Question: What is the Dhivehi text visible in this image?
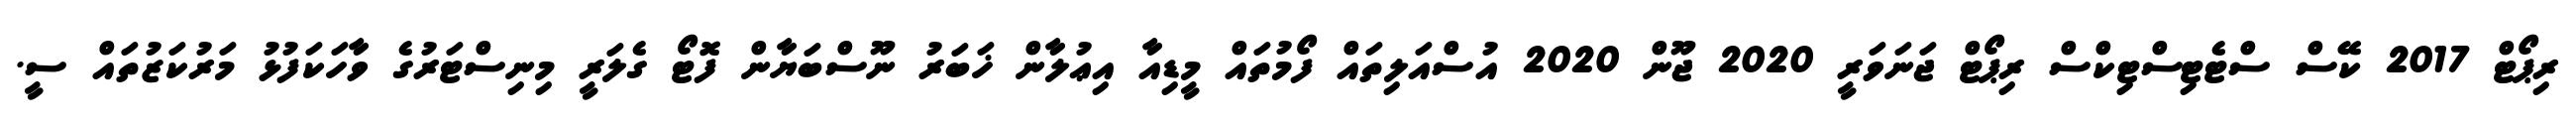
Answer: ރިޕޯޓް 2017 ކޭސް ސްޓެޓިސްޓިކްސް ރިޕޯޓް ޖަނަވަރީ 2020 ޖޫން 2020 އުސްއަލިތައް ފޯމުތައް މީޑިއާ އިޢުލާން ޚަބަރު ނޫސްބަޔާން ފޮޓޯ ގެލަރީ މިނިސްޓަރުގެ ވާހަކަފުޅު މަރުކަޒުތައް ސީ.